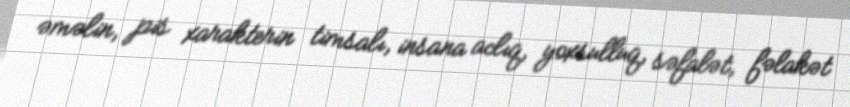
əməlin, pis xarakterin timsalı, insana aclıq, yoxsulluq, səfalət, fəlakət